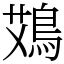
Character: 鴱